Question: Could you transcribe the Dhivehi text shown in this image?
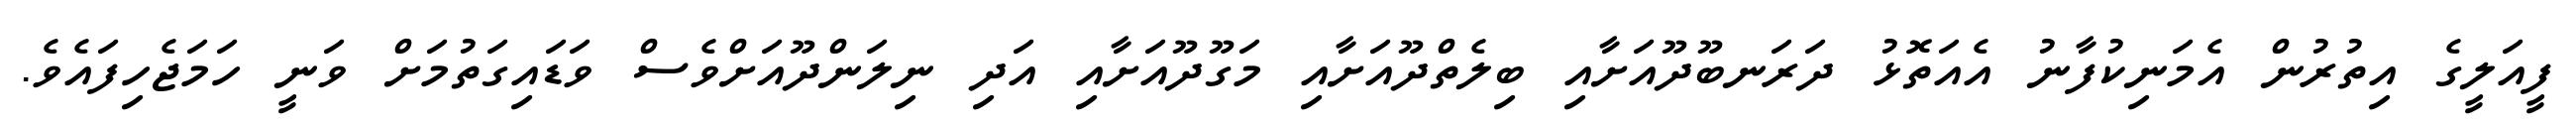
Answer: ފީއަލީގެ އިތުރުން އެމަނިކުފާނު އެއަތޮޅު ދަރަނބޫދޫއަށާއި ބިލެތްދޫއަށާއި މަގޫދޫއަށާއި އަދި ނިލަންދޫއަށްވެސް ވަޑައިގަތުމަށް ވަނީ ހަމަޖެހިފައެވެ.